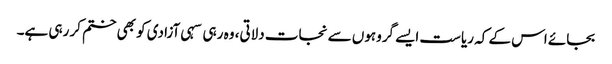
بجائے اس کے کہ ریاست ایسے گروہوں سے نجات دلاتی، وہ رہی سہی آزادی کو بھی ختم کر رہی ہے۔